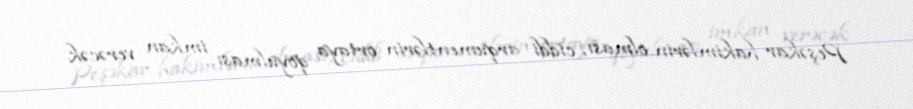
Peşəkar hakimlərin olması, ciddi arqumentlərin ortaya qoyulması imkan verəcək